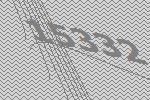
15332